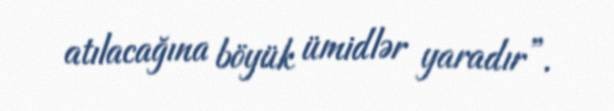
atılacağına böyük ümidlər yaradır”.